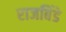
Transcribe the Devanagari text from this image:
राजबिंडे